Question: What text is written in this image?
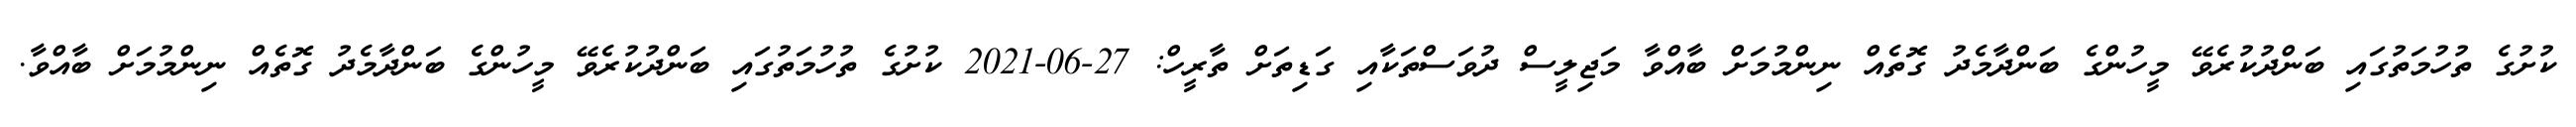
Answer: ކުށުގެ ތުހުމަތުގައި ބަންދުކުރެވޭ މީހުންގެ ބަންދާމެދު ގޮތެއް ނިންމުމަށް ބާއްވާ މަޖިލީސް ދުވަސްތަކާއި ގަޑިތަށް ތާރީހް: 27-06-2021 ކުށުގެ ތުހުމަތުގައި ބަންދުކުރެވޭ މީހުންގެ ބަންދާމެދު ގޮތެއް ނިންމުމަށް ބާއްވާ.